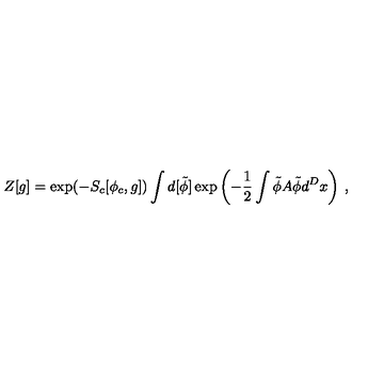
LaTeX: Z [ g ] = \exp ( - S _ { c } [ \phi _ { c } , g ] ) \int d [ \tilde { \phi } ] \exp \left( - \frac 1 2 \int \tilde { \phi } A \tilde { \phi } d ^ { D } x \right) \: , \nonumber